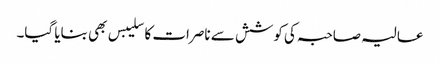
عالیہ صاحبہ کی کوشش سے ناصرات کا سلیبس بھی بنایا گیا۔